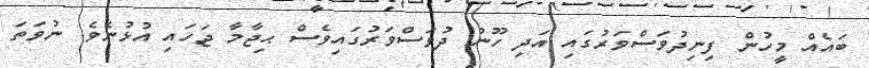
ބައެއް މީހުން ފިނިދުވަސްވަރުގައި އަދި ހޫނު ދުވަސްވަރުގައިވެސް ޙިޖާމާ ޖަހައި އުޅުނެވެ. ނުވަަތަ